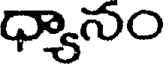
ధ్యానం